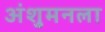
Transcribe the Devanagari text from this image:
अंशुमनला